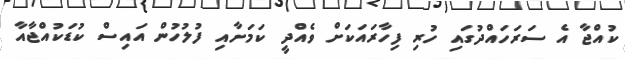
ކުއްޖާ އެ ސަރަހައްދުގައި ހުރި ފިހާރައަކަށް ވެއްދީ ކަމަށާއި ފުލުހުން އައިސް ކުޑަކުއްޖާއާ